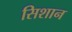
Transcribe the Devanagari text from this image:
सिशान